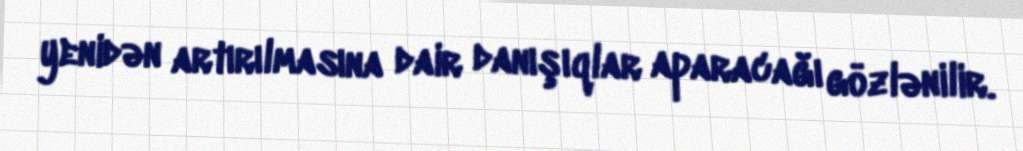
yenidən artırılmasına dair danışıqlar aparacağı gözlənilir.